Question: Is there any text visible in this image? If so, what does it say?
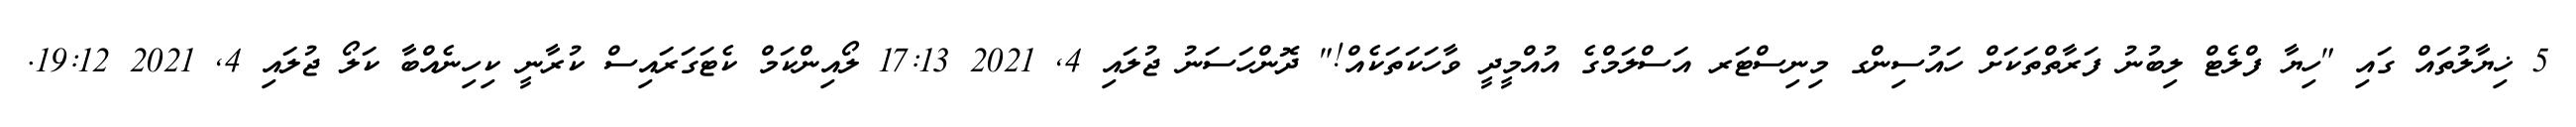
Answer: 5 ޚިޔާލުތައް ގައި "ހިޔާ ފްލެޓް ލިބުނު ފަރާތްތަކަށް ހައުސިންގ މިނިސްޓަރ އަސްލަމްގެ އުއްމީދީ ވާހަކަތަކެއް!" ދޮންހަސަނު ޖުލައި 4, 2021 17:13 ލޯއިންކަމް ކެޓަގަރައިސް ކުރާނީ ކިހިނެއްބާ ކަލޯ ޖުލައި 4, 2021 19:12.